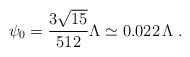
\begin{align*} \psi_0 = \frac{3 \sqrt{15}}{512} \Lambda \simeq 0.022 \, \Lambda \; .\end{align*}